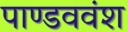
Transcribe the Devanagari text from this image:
पाण्डववंश